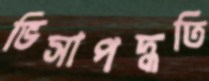
ভিসাপদ্ধতি